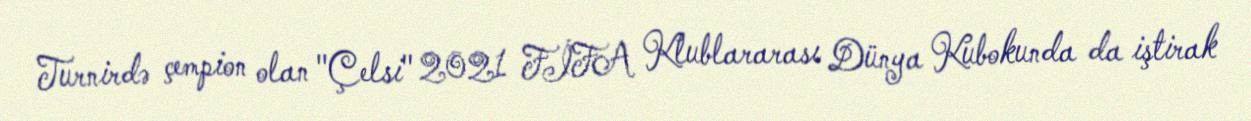
Turnirdə çempion olan "Çelsi" 2021 FİFA Klublararası Dünya Kubokunda da iştirak